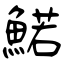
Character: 鰙